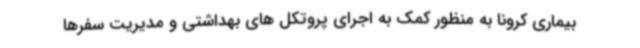
بیماری کرونا به منظور کمک به اجرای پروتکل های بهداشتی و مدیریت سفرها